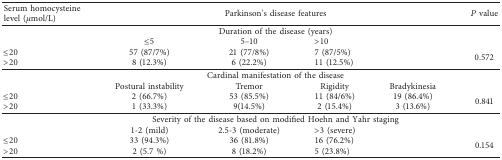
<table><thead><tr><td><b>Serum homocysteine level (<i>μ</i>mol/L)</b></td><td colspan="4"><b>Parkinson&#x27;s disease features</b></td><td><b><i>P</i> value</b></td></tr></thead><tbody><tr><td> </td><td colspan="4">Duration of the disease (years)</td><td> </td></tr><tr><td> </td><td>≤5</td><td>5–10</td><td colspan="2">&gt;10</td><td> </td></tr><tr><td>≤20</td><td>57 (87/7%)</td><td>21 (77/8%)</td><td colspan="2">7 (87/5%)</td><td rowspan="2">0.572</td></tr><tr><td>&gt;20</td><td>8 (12.3%)</td><td>6 (22.2%)</td><td colspan="2">11 (12.5%)</td></tr><tr><td> </td><td colspan="4">Cardinal manifestation of the disease</td><td> </td></tr><tr><td> </td><td>Postural instability</td><td>Tremor</td><td>Rigidity</td><td>Bradykinesia</td><td> </td></tr><tr><td>≤20</td><td>2 (66.7%)</td><td>53 (85.5%)</td><td>11 (84/6%)</td><td>19 (86.4%)</td><td rowspan="2">0.841</td></tr><tr><td>&gt;20</td><td>1 (33.3%)</td><td>9(14.5%)</td><td>2 (15.4%)</td><td>3 (13.6%)</td></tr><tr><td> </td><td colspan="4">Severity of the disease based on modified Hoehn and Yahr staging</td><td> </td></tr><tr><td> </td><td>1-2 (mild)</td><td>2.5-3 (moderate)</td><td colspan="2">&gt;3 (severe)</td><td> </td></tr><tr><td>≤20</td><td>33 (94.3%)</td><td>36 (81.8%)</td><td colspan="2">16 (76.2%)</td><td rowspan="2">0.154</td></tr><tr><td>&gt;20</td><td>2 (5.7 %)</td><td>8 (18.2%)</td><td colspan="2">5 (23.8%)</td></tr></tbody></table>